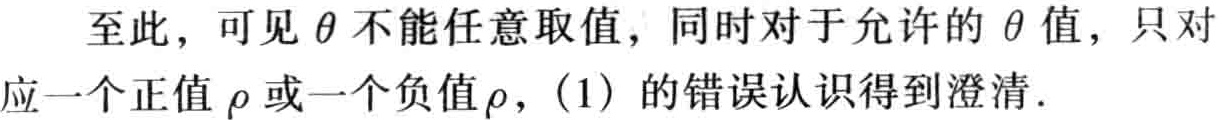
至此，可见$\theta$不能任意取值，同时对于允许的$\theta$值，只对应一个正值$\rho$或一个负值$\rho$，(1) 的错误认识得到澄清．